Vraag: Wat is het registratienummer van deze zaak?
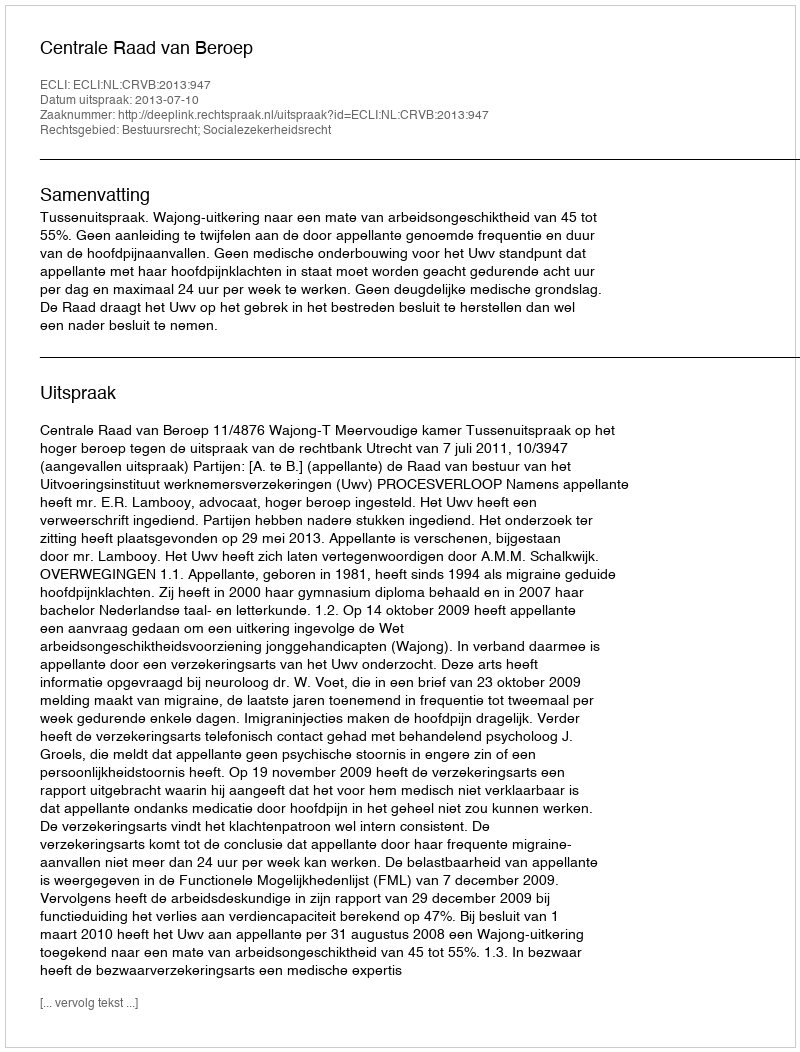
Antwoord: http://deeplink.rechtspraak.nl/uitspraak?id=ECLI:NL:CRVB:2013:947